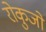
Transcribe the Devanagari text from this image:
रोकुजो